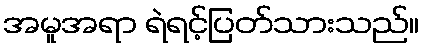
အမူအရာ ရဲရင့်ပြတ်သားသည်။